Lunatic asylums in Bengal annual reports 1899-1911 - 1899-1911
Year: 1899
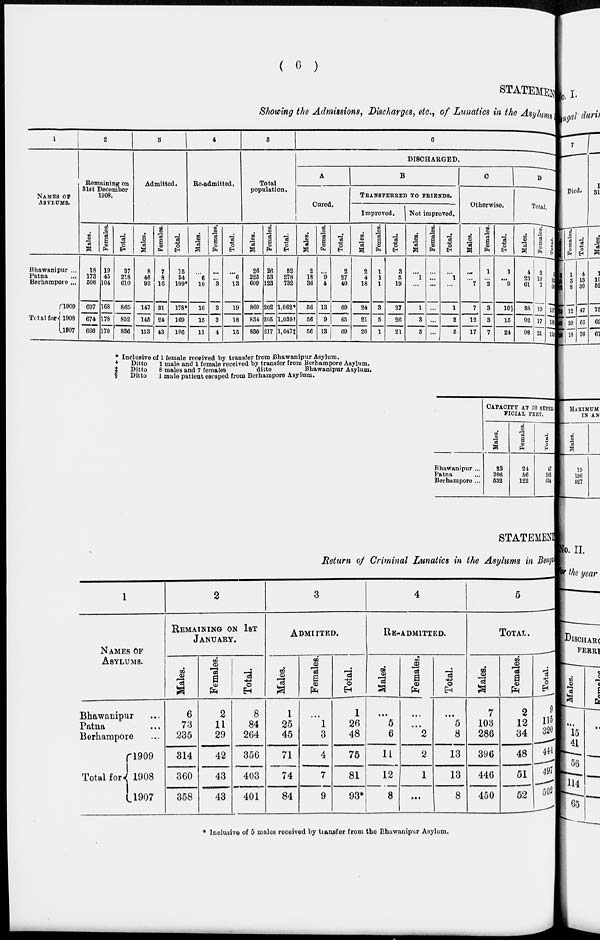
( 6 )
STATEMENT
Showing the Admissions, Discharges, etc., of Lunatics in the Asylums.
1
NAMES OF
ASYLUMS.
Bhawanipur ...
Patna ...
Berhampore ...
Total for-
l909
1908
1907
2
Remaining on
Slat December
1908.
Males.
18
173
506
697
674
666
Females.
19
45
104
168
178
170
Total.
37
218
610
865
852
836
3
Admitted.
Males.
8
46
93
147
145
153
Females.
7
8
16
81
24
43
Total.
15
54
109*
178*
169
196
4
Readmitted,
Males.
...
6
10
16
15
11
Females.
...
...
3
3
3
4
Total.
...
6
13
19
18
15
5
Total
population.
Males.
26
225
609
860
834
830
Females.
26
53
123
202
205
217
Total.
52
278
732
1,062*
1,039†
1.047‡
6
DISCHARGED.
A
Cured.
Males.
2
18
36
56
56
56
Females.
...
9
4
13
9
13
Total.
2
27
40
69
65
69
B
TRANSFERRED TO FRIENDS.
Improved.
Males.
2
4
18
24
21
20
Females.
1
1
1
3
5
1
Total.
3
5
19
27
26
21
Not improved.
Males.
...
1
...
1
3
5
Females.
...
...
...
...
...
...
Total.
...
1
...
1
3
5
C
Otherwise.
Males.
...
...
7
7
12
17
Females.
1
...
2
3
3
7
Total.
1
...
9
10§
15
24
D
Total.
Males.
4
23
61
88
92
98
Females.,
2
10
7
19
17
21
Total.
1
31
68
107
109
119
* Inclusive of 1 female received by transfer from Bhawanipur Asylum.
†
Ditto
1 male and 1 female received by transfer from Berhampore Asylum.
‡
Ditto
8 males and 7 females
ditto
Bhawanipur Asylum.
§
Ditto
1 male patient escaped from Berhampore Asylum.
Bhawanipur ...
Patna ...
Berhumpore ...
CAPACITY AT 50 SUPER-
FICIAL FEET.
Males.
23
206
532
Females.
24
56
122
Total.
47
262
654
STATEMENT
Return of Criminal Lunatics in the Asylums in Bengal.
1
NAMES OF
ASYLUMS.
Bhawanipur ...
Patna ...
Berhampore ...
Total for
1909
1908
1907
2
REMAINING ON 1ST
JANUARY.
Males.
6
73
235
314
360
358
Females.
2
11
29
42
43
43
Total.
8
84
264
356
403
401
3
ADMITTED.
Males.
1
25
45
71
74
84
Females.
...
1
3
4
7
9
Total.
1
26
48
75
81
93*
4
RE-ADMITTED.
Males.
...
5
6
11
12
8
Females.
...
...
2
2
1
...
Total.
...
5
8
13
13
8
5
TOTAL.
Males.
7
103
286
396
446
450
Females.
2
12
34
48
51
52
Total.
9
115
320
444
497
502
* Inclusive of 5 males received by transfer from the Bhawanipur Asylum.